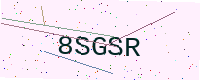
Text: 8SGSR